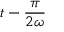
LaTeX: t - { \frac { \pi } { 2 \omega } }